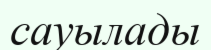
сауылады